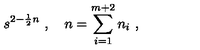
s ^ { 2 - \frac { 1 } { 2 } n } \ , \quad n = \sum _ { i = 1 } ^ { m + 2 } n _ { i } \ ,